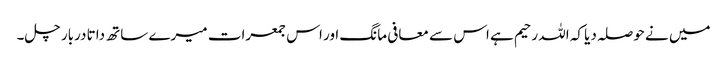
میں نے حوصلہ دیا کہ اللہ رحیم ہے اس سے معافی مانگ اور اس جمعرات میرے ساتھ داتا دربار چل۔